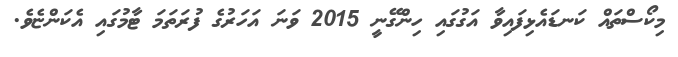
މިކޯސްތައް ކަނޑައެޅިފައިވާ އަގުގައި ހިންގޭނީ 2015 ވަނަ އަހަރުގެ ފުރަތަމަ ޓާމުގައި އެކަންޏެވެ.